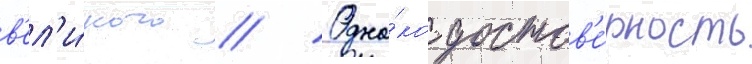
в'ел'и́кого // Одна́ко достов'е́рность